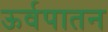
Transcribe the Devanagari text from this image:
ऊर्वपातन